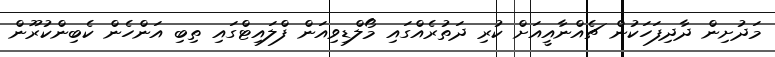
މަދުށިން ދާދިފަހަކުން ޗެއްނާއީއަށް ކުރި ދަތުރެއްގައި މޯލްޑިވިއަން ފްލައިޓްގައި ތިބި އަންހެން ކެބިންކުރޫން